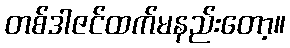
တစ်ဒါဇင်ထက်မနည်းတော့။